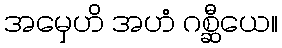
အမှေဟိ အဟံ ဂစ္ဆီယေ။